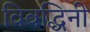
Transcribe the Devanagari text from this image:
विवद्धिनी